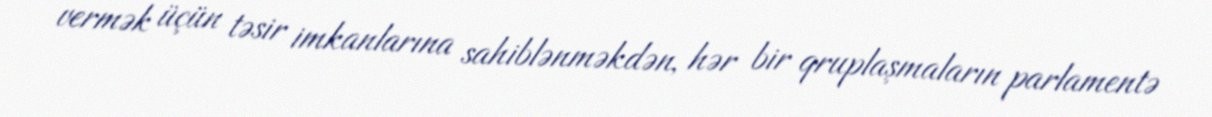
vermək üçün təsir imkanlarına sahiblənməkdən, hər bir qruplaşmaların parlamentə